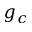
g _ { c }